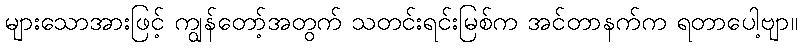
များသောအားဖြင့် ကျွန်တော့်အတွက် သတင်းရင်းမြစ်က အင်တာနက်က ရတာပေါ့ဗျာ။